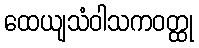
ထေယျသံဝါသကဝတ္ထု